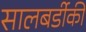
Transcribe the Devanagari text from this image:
सालबर्डीकी